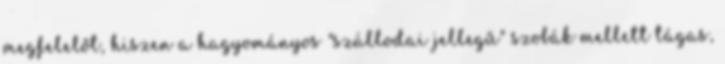
megfelelőt, hiszen a hagyományos "szállodai jellegű" szobák mellett tágas,